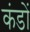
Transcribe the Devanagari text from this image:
कंडों